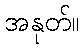
အနုတ်။